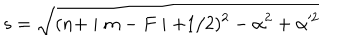
s = \sqrt { ( n + \mid m - F \mid + 1 / 2 ) ^ { 2 } - \alpha ^ { 2 } + \alpha ^ { \prime 2 } }